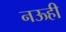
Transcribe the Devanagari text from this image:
नऊही